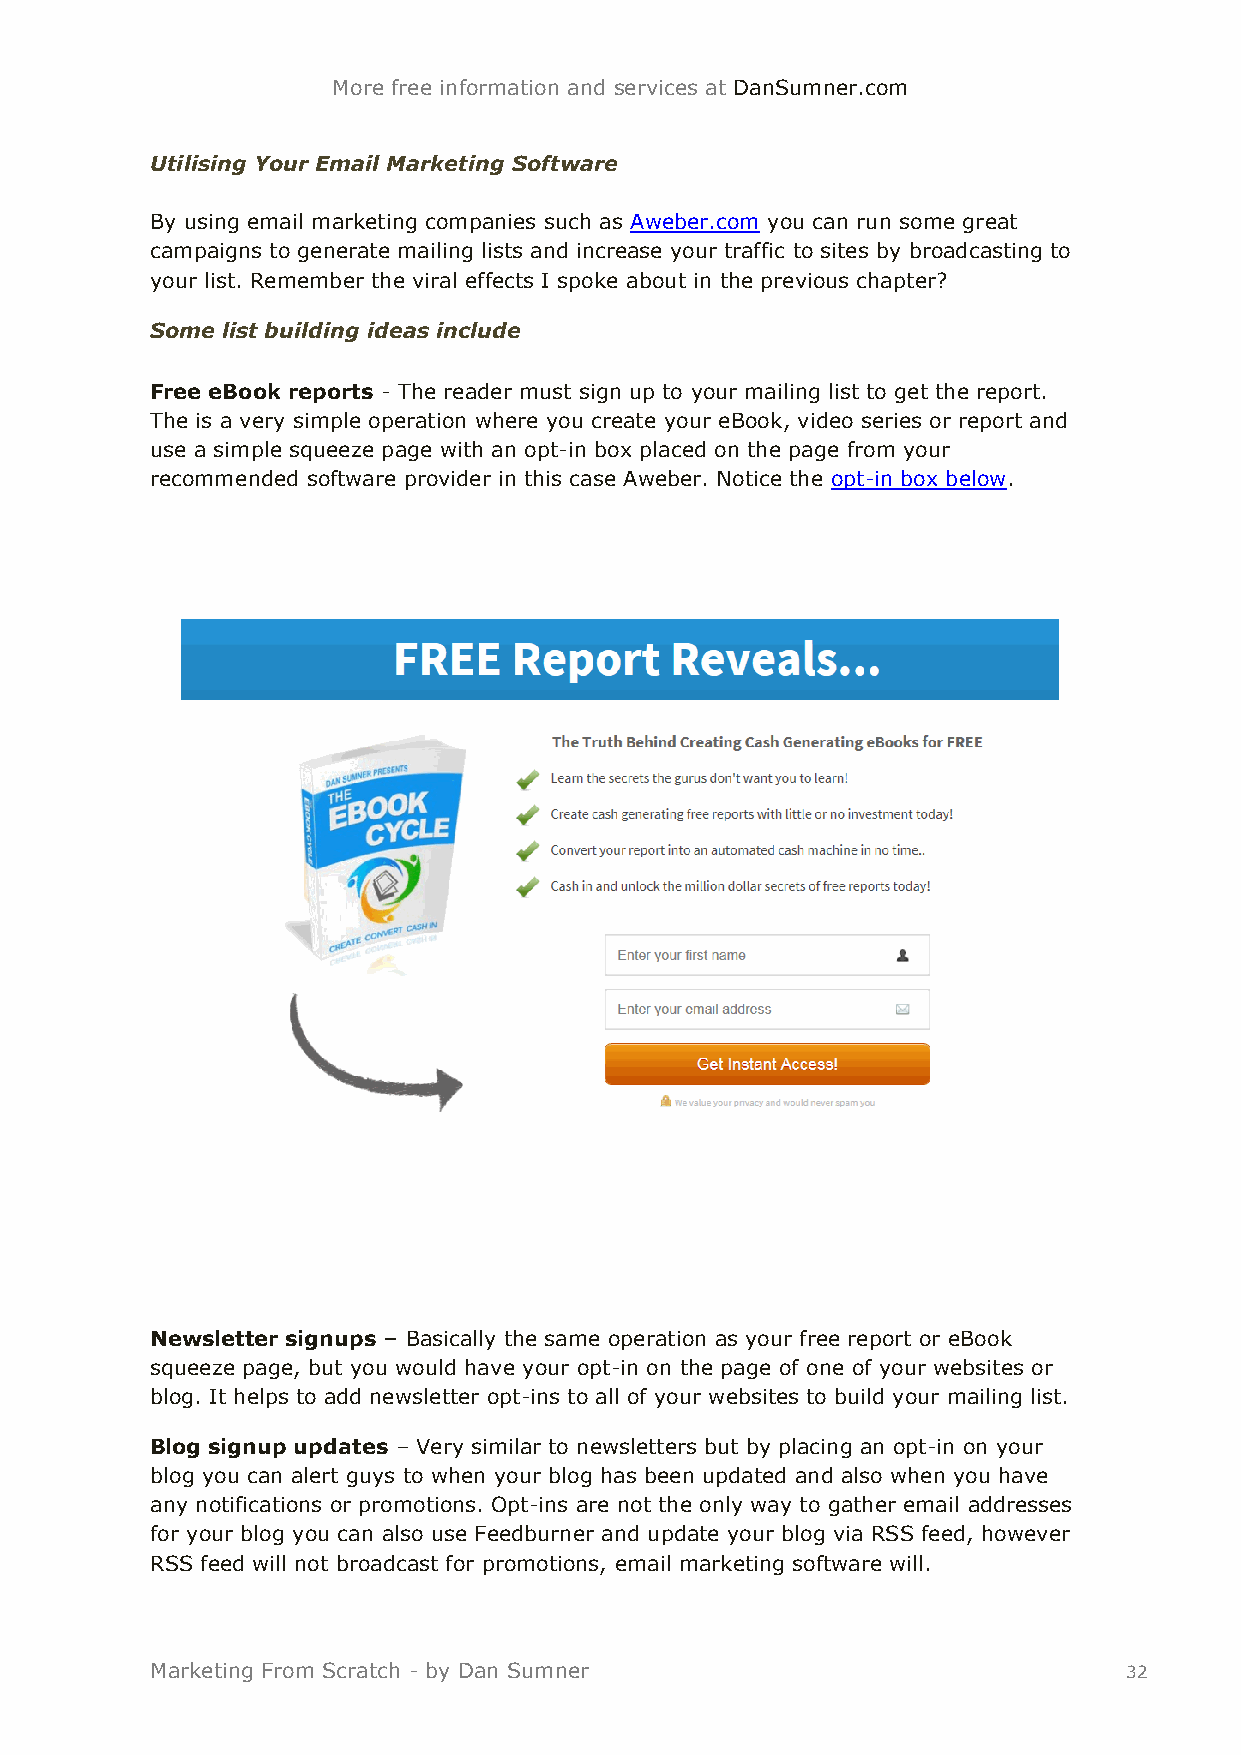
More free information and services at DanSumner.com
 Utilising Your Email Marketing Software
 By using email marketing companies such as Aweber.com you can run some great
 campaigns to generate mailing lists and increase your traffic to sites by broadcasting to
 your list. Remember the viral effects I spoke about in the previous chapter?
 Some list building ideas include
 Free eBook reports - The reader must sign up to your mailing list to get the report.
 The is a very simple operation where you create your eBook, video series or report and
 use a simple squeeze page with an opt-in box placed on the page from your
 recommended software provider in this case Aweber. Notice the opt-in box below.
 Newsletter signups – Basically the same operation as your free report or eBook
 squeeze page, but you would have your opt-in on the page of one of your websites or
 blog. It helps to add newsletter opt-ins to all of your websites to build your mailing list.
 Blog signup updates – Very similar to newsletters but by placing an opt-in on your
 blog you can alert guys to when your blog has been updated and also when you have
 any notifications or promotions. Opt-ins are not the only way to gather email addresses
 for your blog you can also use Feedburner and update your blog via RSS feed, however
 RSS feed will not broadcast for promotions, email marketing software will.
 Marketing From Scratch - by Dan Sumner                          32